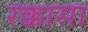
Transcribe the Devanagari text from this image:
रक्कासा